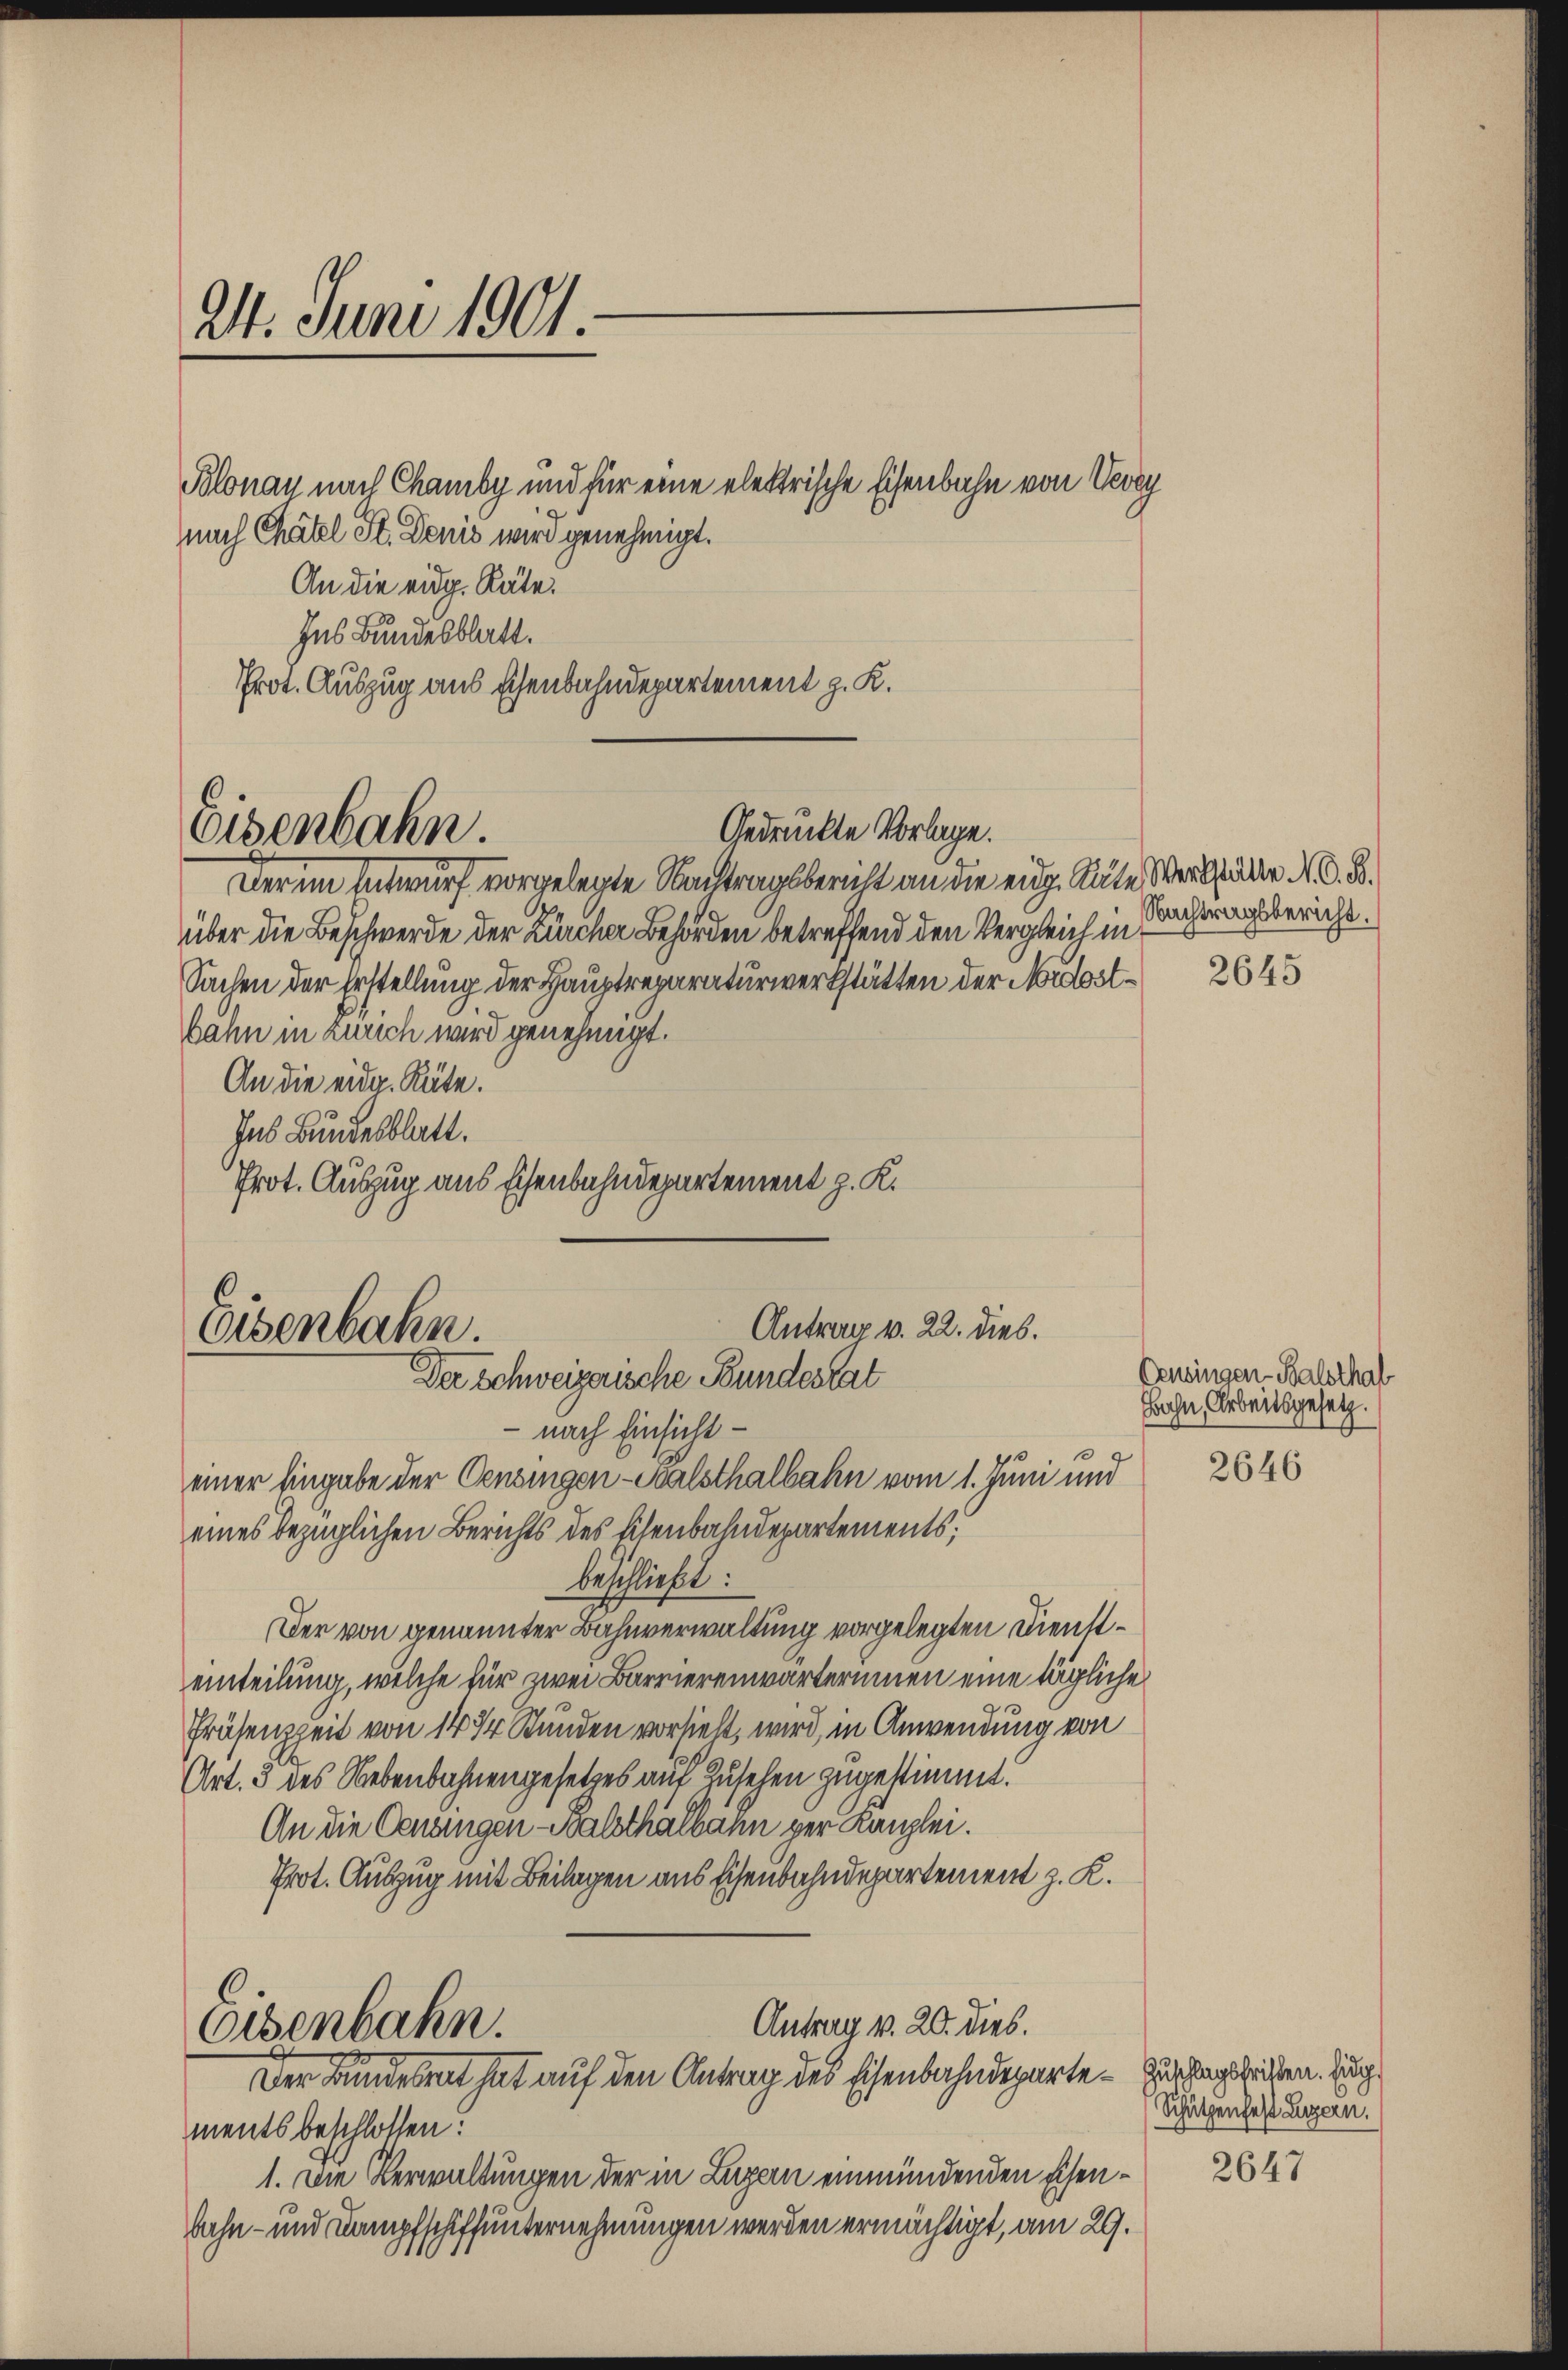
24. Juni 1901

Blonau nach Chamby und für eine elektrische Eisenbahn von Vevey
nach Chätel St. Donis wird genehmigt.
An die eidg. Räte.
Ins Bundesblatt.
Prot. Auszug aus schenbahndepartement z. K.

Gedruckte Vorlage.
Eisenbahn.

Derin Entwurf vorgelegte Nachtragsbericht an die eidg. Räte Werkstätter N. O. B.
über die Beschwerde der Zürcher Behörden betreffend den Vergleich in¬
Sachen der Erstellung der Hauptreparaturwerkstätten der Nordostbahn in Zürich wird genehmigt.
An die eidg. Räte.
Ins Bundesblatt.
Prot. Auszug aus Eisenbahndepartement z. K.

Antrag v. 22. dies.
Eisenbahn.
Der Schweizerische Bundestat

nach Einsicht
einer hingabe der Censingen-Scalsthalbahn vom 1. Juni und
eines bezüglichen Berichts des Eisenbahndepartements,
beschließt:
Der von genannter Bahnverwaltung vorgelegten Diensteinteilung, welche für zwei Barriereinwärterinnen eine tägliche
Präsenzzeit von 14 3 Stunden vorhielt, wird, in Anwendung von
Art. 3 des Nebenbahnengesetzes auf Zusehen zugestimmt.
An die Genangen - Balsthalbann per Kanzlei.
Prot. Auszug mit Beilagen aus Eisenbahndepartement z. K.

Antrag v. 20. dies.
Eisenbahn.
Der Bundesrat hat auf den Antrag des Eisenbahndeparte Zuschlagsbricken. Zug.

ments beschlossen:
1. Die Verwaltungen der in Luzern einmündenden Eisenbahn- und Kampfschiffunternehmungen werden ermächtigt, am 29.

Nachtragsbericht.

2645

Gensingen Balsthaf
Hahn, Arbeitsgesetz.

2646

Schützenfest Luzern.

2647